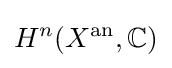
H^{n}(X^{\text{an}},\mathbb {C} )